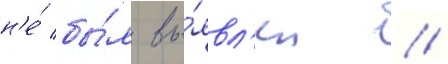
н'е́ бы́л вы́явл'ен //